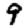
Digit: 9